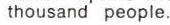
thousand people.